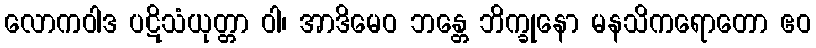
လောကဝါဒ ပဋိသံယုတ္တာ ဝါ၊ အာဒိမေဝ ဘန္တေ ဘိက္ခုနော မနသိကရောတော ဧဝ